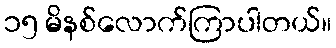
၁၅ မိနစ်လောက်ကြာပါတယ်။